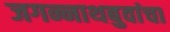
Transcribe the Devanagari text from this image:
जगन्नाथबुवांचा